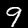
Digit: 9